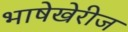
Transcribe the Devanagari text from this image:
भाषेखेरीज